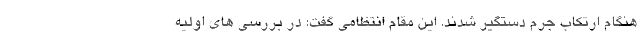
هنگام ارتکاب جرم دستگیر شدند. این مقام انتظامی گفت: در بررسی های اولیه